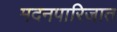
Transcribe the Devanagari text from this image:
मदनपारिजात